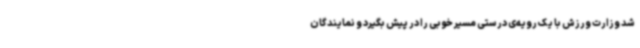
شد وزارت ورزش با یک رویه‌ی درستی مسیر خوبی را در پیش بگیرد و نمایندگان